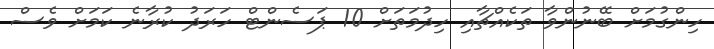
ހިންގުމަށް ބޭނުންވާ ތަކެއްޗާއި ހިދުމަތަށް 10 ޕަސެންޓް ހަރަދު ކުރާނެ ކަމަށް ވެސް